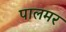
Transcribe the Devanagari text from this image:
पालमर